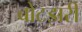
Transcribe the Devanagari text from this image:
बोटझरी